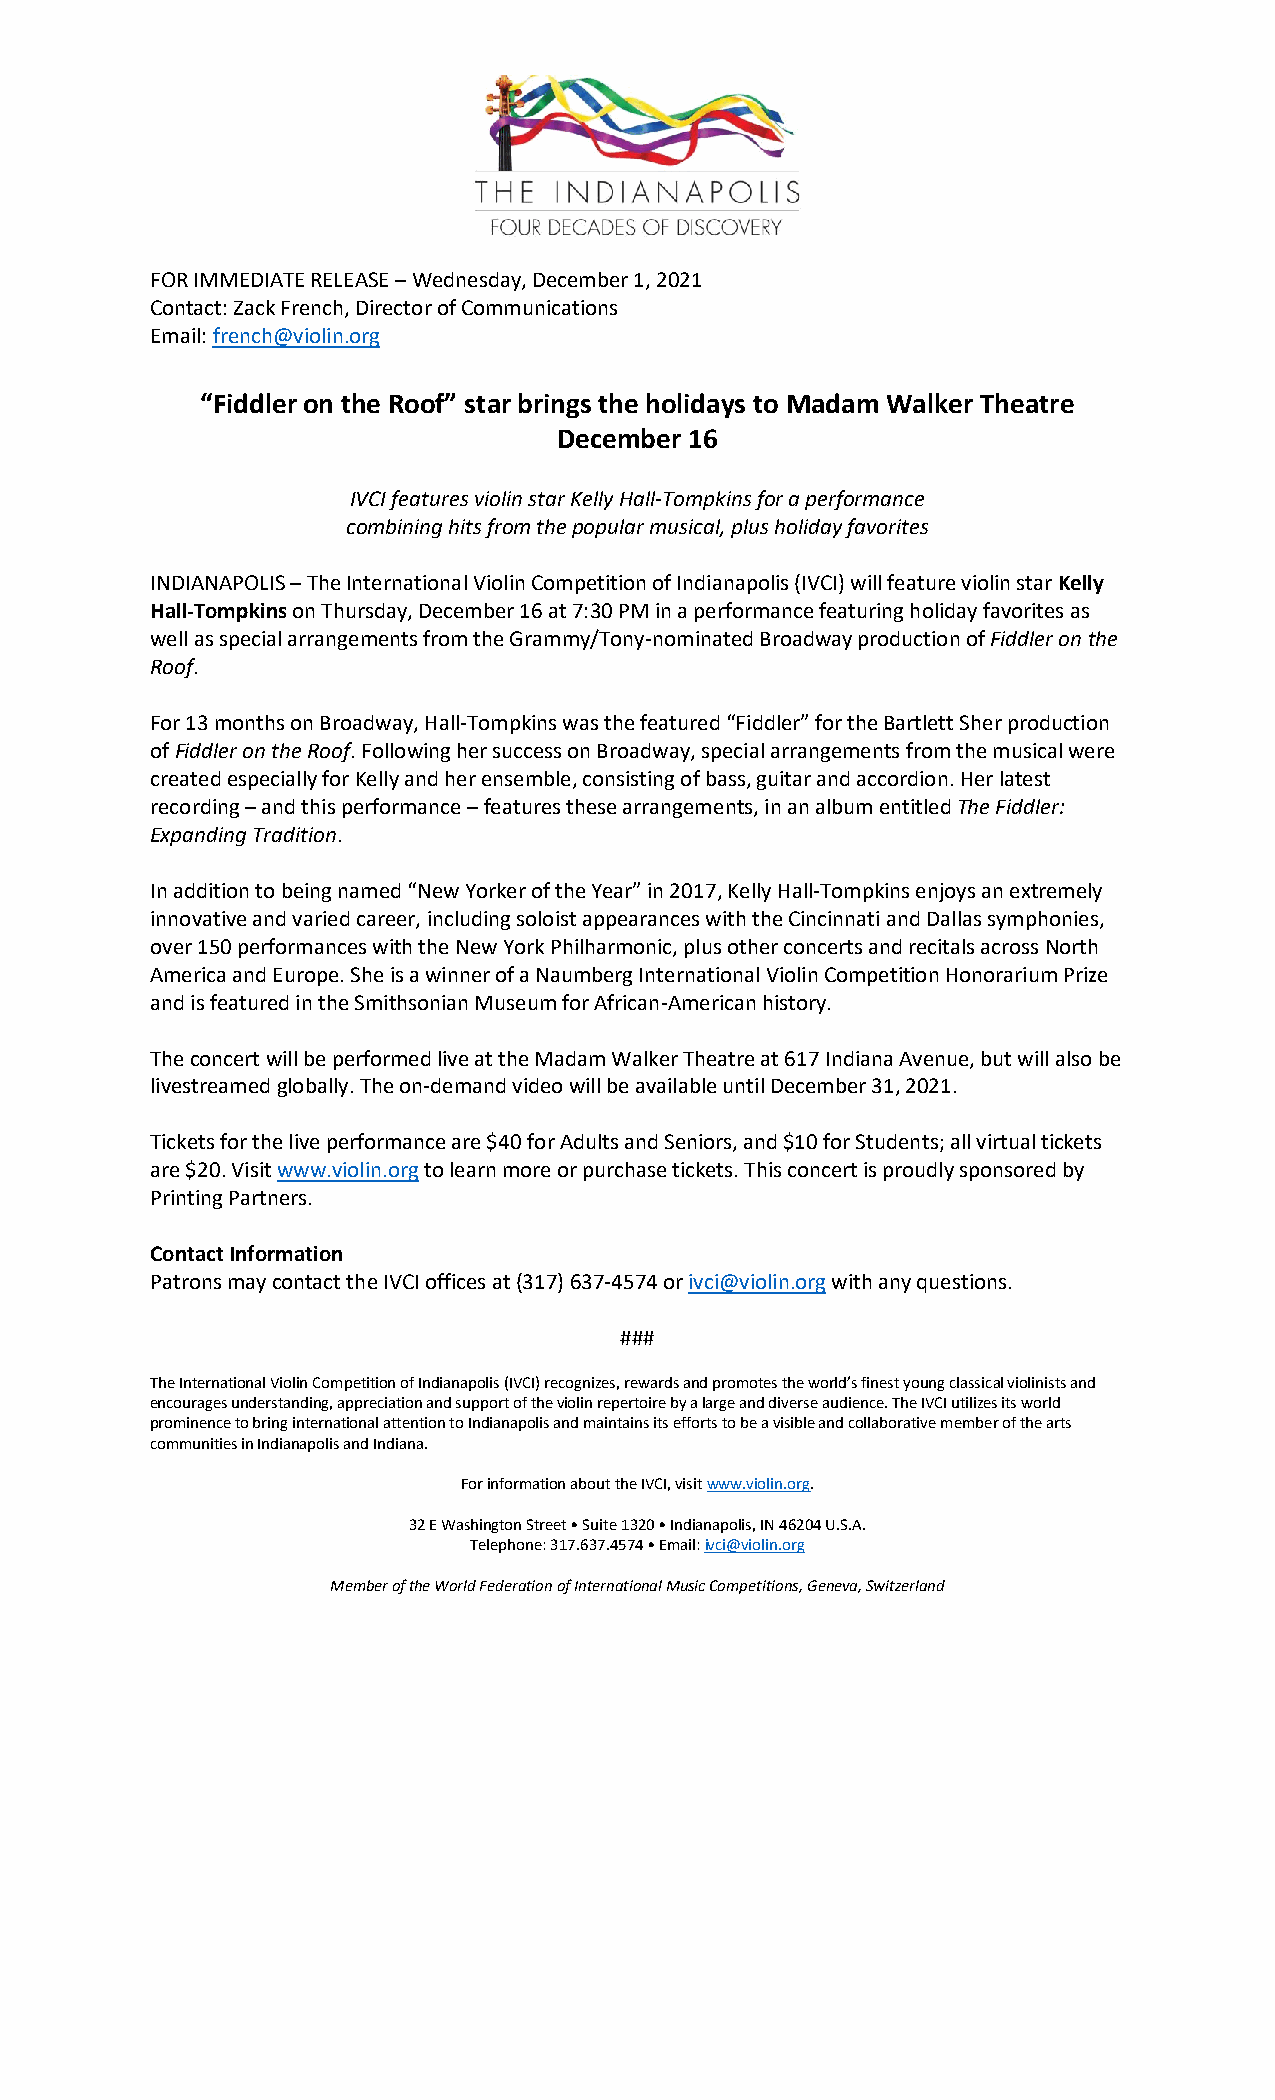
FOR IMMEDIATE RELEASE – Wednesday, December 1, 2021
 Contact: Zack French, Director of Communications
 Email: french@violin.org
 “Fiddler on the Roof” star brings the holidays to Madam Walker Theatre
 December 16
 IVCI features violin star Kelly Hall-Tompkins for a performance
 combining hits from the popular musical, plus holiday favorites
 INDIANAPOLIS – The International Violin Competition of Indianapolis (IVCI) will feature violin star Kelly
 Hall-Tompkins on Thursday, December 16 at 7:30 PM in a performance featuring holiday favorites as
 well as special arrangements from the Grammy/Tony-nominated Broadway production of Fiddler on the
 Roof.
 For 13 months on Broadway, Hall-Tompkins was the featured “Fiddler” for the Bartlett Sher production
 of Fiddler on the Roof. Following her success on Broadway, special arrangements from the musical were
 created especially for Kelly and her ensemble, consisting of bass, guitar and accordion. Her latest
 recording – and this performance – features these arrangements, in an album entitled The Fiddler:
 Expanding Tradition.
 In addition to being named “New Yorker of the Year” in 2017, Kelly Hall-Tompkins enjoys an extremely
 innovative and varied career, including soloist appearances with the Cincinnati and Dallas symphonies,
 over 150 performances with the New York Philharmonic, plus other concerts and recitals across North
 America and Europe. She is a winner of a Naumberg International Violin Competition Honorarium Prize
 and is featured in the Smithsonian Museum for African-American history.
 The concert will be performed live at the Madam Walker Theatre at 617 Indiana Avenue, but will also be
 livestreamed globally. The on-demand video will be available until December 31, 2021.
 Tickets for the live performance are $40 for Adults and Seniors, and $10 for Students; all virtual tickets
 are $20. Visit www.violin.org to learn more or purchase tickets. This concert is proudly sponsored by
 Printing Partners.
 Contact Information
 Patrons may contact the IVCI offices at (317) 637-4574 or ivci@violin.org with any questions.
 ###
 The International Violin Competition of Indianapolis (IVCI) recognizes, rewards and promotes the world’s finest young classical violinists and
 encourages understanding, appreciation and support of the violin repertoire by a large and diverse audience. The IVCI utilizes its world
 prominence to bring international attention to Indianapolis and maintains its efforts to be a visible and collaborative member of the arts
 communities in Indianapolis and Indiana.
 For information about the IVCI, visit www.violin.org.
 32 E Washington Street • Suite 1320 • Indianapolis, IN 46204 U.S.A.
 Telephone: 317.637.4574 • Email: ivci@violin.org
 Member of the World Federation of International Music Competitions, Geneva, Switzerland